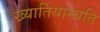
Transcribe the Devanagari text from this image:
ख्यार्तियास्यति